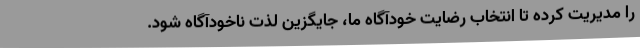
را مدیریت کرده تا انتخاب رضایت خودآگاه ما، جایگزین لذت ناخودآگاه شود.